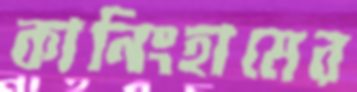
কানিংহামের